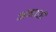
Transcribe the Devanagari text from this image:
अंगाठों